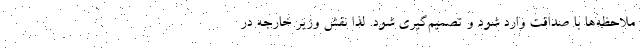
ملاحظه‌ها با صداقت وارد شود و تصميم‌گيري شود. لذا نقش وزير خارجه در